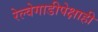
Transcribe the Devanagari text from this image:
रेल्वेगाडीपेक्षाही